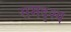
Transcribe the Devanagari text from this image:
समदृश्य